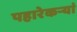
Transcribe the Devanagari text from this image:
पहारेकऱ्यां